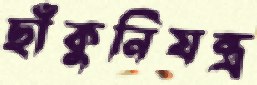
ছাঁকুনিযন্ত্র